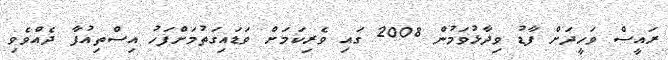
ރައީސް ވަހީދަށް ފާޑު ވިދާޅުވަމުން 2008 ގައި ވެރިކަމަށް ވަޑައިގަތުމަށްފަހު އިސްތިއުފާ ދެއްވެވި